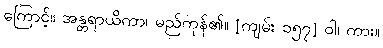
ကြောင့်။ အန္တရာယိကာ၊ မည်ကုန်၏။ [ကျမ်း ၁၅၇] ဝါ၊ ကား။